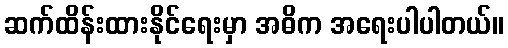
ဆက်ထိန်းထားနိုင်ရေးမှာ အဓိက အရေးပါပါတယ်။